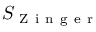
S _ { \mathrm { ~ Z ~ i ~ n ~ g ~ e ~ r ~ } }